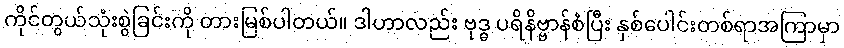
ကိုင်တွယ်သုံးစွဲခြင်းကို တားမြစ်ပါတယ်။ ဒါဟာလည်း ဗုဒ္ဓ ပရိနိဗ္ဗာန်စံပြီး နှစ်ပေါင်းတစ်ရာအကြာမှာ